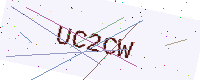
Text: UC2CW